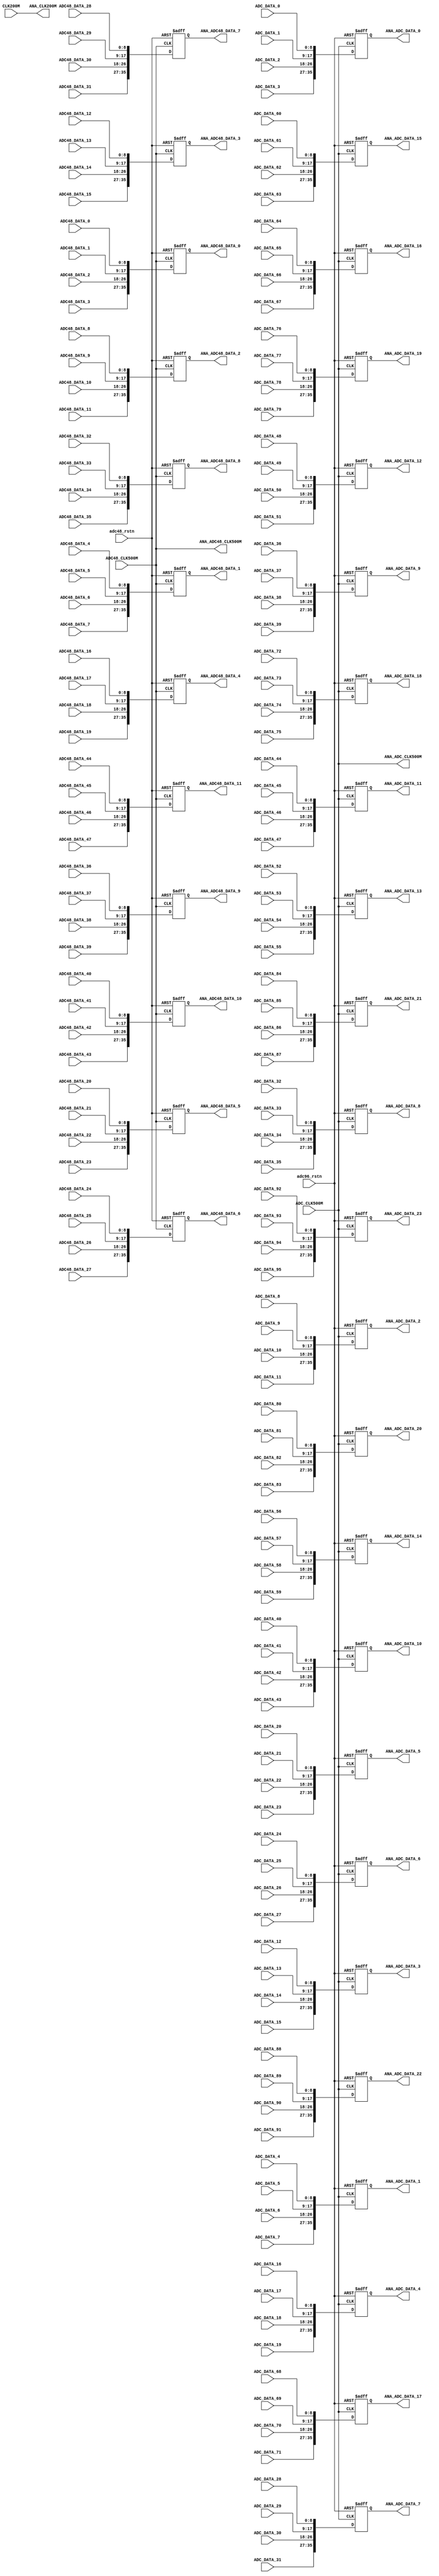
// Copyright (c) 2024 by JLSemi Inc.
// --------------------------------------------------------------------
//
//                     JLSemi
//                     Shanghai, China
//                     Name : Zhiling Guo
//
// --------------------------------------------------------------------
// --------------------------------------------------------------------
//  Revision History:1.0
//  Date          By            Revision    Design Description
//---------------------------------------------------------------------
//  2024-05-10    zlguo         1.0         analog_signal_mux
// --------------------------------------------------------------------
// --------------------------------------------------------------------
`timescale 1ns/1ns
module analog_signal_mux
(
    input   wire            adc96_rstn,
    input   wire            adc48_rstn,
    input   wire            CLK200M,
    input   wire            ADC_CLK500M,
    input   wire            ADC48_CLK500M,

    input   wire    [8:0]   ADC_DATA_0 ,
    input   wire    [8:0]   ADC_DATA_1 ,
    input   wire    [8:0]   ADC_DATA_2 ,
    input   wire    [8:0]   ADC_DATA_3 ,
    input   wire    [8:0]   ADC_DATA_4 ,
    input   wire    [8:0]   ADC_DATA_5 ,
    input   wire    [8:0]   ADC_DATA_6 ,
    input   wire    [8:0]   ADC_DATA_7 ,
    input   wire    [8:0]   ADC_DATA_8 ,
    input   wire    [8:0]   ADC_DATA_9 ,
    input   wire    [8:0]   ADC_DATA_10,
    input   wire    [8:0]   ADC_DATA_11,
    input   wire    [8:0]   ADC_DATA_12,
    input   wire    [8:0]   ADC_DATA_13,
    input   wire    [8:0]   ADC_DATA_14,
    input   wire    [8:0]   ADC_DATA_15,
    input   wire    [8:0]   ADC_DATA_16,
    input   wire    [8:0]   ADC_DATA_17,
    input   wire    [8:0]   ADC_DATA_18,
    input   wire    [8:0]   ADC_DATA_19,
    input   wire    [8:0]   ADC_DATA_20,
    input   wire    [8:0]   ADC_DATA_21,
    input   wire    [8:0]   ADC_DATA_22,
    input   wire    [8:0]   ADC_DATA_23,
    input   wire    [8:0]   ADC_DATA_24,
    input   wire    [8:0]   ADC_DATA_25,
    input   wire    [8:0]   ADC_DATA_26,
    input   wire    [8:0]   ADC_DATA_27,
    input   wire    [8:0]   ADC_DATA_28,
    input   wire    [8:0]   ADC_DATA_29,
    input   wire    [8:0]   ADC_DATA_30,
    input   wire    [8:0]   ADC_DATA_31,
    input   wire    [8:0]   ADC_DATA_32,
    input   wire    [8:0]   ADC_DATA_33,
    input   wire    [8:0]   ADC_DATA_34,
    input   wire    [8:0]   ADC_DATA_35,
    input   wire    [8:0]   ADC_DATA_36,
    input   wire    [8:0]   ADC_DATA_37,
    input   wire    [8:0]   ADC_DATA_38,
    input   wire    [8:0]   ADC_DATA_39,
    input   wire    [8:0]   ADC_DATA_40,
    input   wire    [8:0]   ADC_DATA_41,
    input   wire    [8:0]   ADC_DATA_42,
    input   wire    [8:0]   ADC_DATA_43,
    input   wire    [8:0]   ADC_DATA_44,
    input   wire    [8:0]   ADC_DATA_45,
    input   wire    [8:0]   ADC_DATA_46,
    input   wire    [8:0]   ADC_DATA_47,
    input   wire    [8:0]   ADC_DATA_48,
    input   wire    [8:0]   ADC_DATA_49,
    input   wire    [8:0]   ADC_DATA_50,
    input   wire    [8:0]   ADC_DATA_51,
    input   wire    [8:0]   ADC_DATA_52,
    input   wire    [8:0]   ADC_DATA_53,
    input   wire    [8:0]   ADC_DATA_54,
    input   wire    [8:0]   ADC_DATA_55,
    input   wire    [8:0]   ADC_DATA_56,
    input   wire    [8:0]   ADC_DATA_57,
    input   wire    [8:0]   ADC_DATA_58,
    input   wire    [8:0]   ADC_DATA_59,
    input   wire    [8:0]   ADC_DATA_60,
    input   wire    [8:0]   ADC_DATA_61,
    input   wire    [8:0]   ADC_DATA_62,
    input   wire    [8:0]   ADC_DATA_63,
    input   wire    [8:0]   ADC_DATA_64,
    input   wire    [8:0]   ADC_DATA_65,
    input   wire    [8:0]   ADC_DATA_66,
    input   wire    [8:0]   ADC_DATA_67,
    input   wire    [8:0]   ADC_DATA_68,
    input   wire    [8:0]   ADC_DATA_69,
    input   wire    [8:0]   ADC_DATA_70,
    input   wire    [8:0]   ADC_DATA_71,
    input   wire    [8:0]   ADC_DATA_72,
    input   wire    [8:0]   ADC_DATA_73,
    input   wire    [8:0]   ADC_DATA_74,
    input   wire    [8:0]   ADC_DATA_75,
    input   wire    [8:0]   ADC_DATA_76,
    input   wire    [8:0]   ADC_DATA_77,
    input   wire    [8:0]   ADC_DATA_78,
    input   wire    [8:0]   ADC_DATA_79,
    input   wire    [8:0]   ADC_DATA_80,
    input   wire    [8:0]   ADC_DATA_81,
    input   wire    [8:0]   ADC_DATA_82,
    input   wire    [8:0]   ADC_DATA_83,
    input   wire    [8:0]   ADC_DATA_84,
    input   wire    [8:0]   ADC_DATA_85,
    input   wire    [8:0]   ADC_DATA_86,
    input   wire    [8:0]   ADC_DATA_87,
    input   wire    [8:0]   ADC_DATA_88,
    input   wire    [8:0]   ADC_DATA_89,
    input   wire    [8:0]   ADC_DATA_90,
    input   wire    [8:0]   ADC_DATA_91,
    input   wire    [8:0]   ADC_DATA_92,
    input   wire    [8:0]   ADC_DATA_93,
    input   wire    [8:0]   ADC_DATA_94,
    input   wire    [8:0]   ADC_DATA_95,
    input   wire    [8:0]   ADC48_DATA_0,
    input   wire    [8:0]   ADC48_DATA_1,
    input   wire    [8:0]   ADC48_DATA_2,
    input   wire    [8:0]   ADC48_DATA_3,
    input   wire    [8:0]   ADC48_DATA_4,
    input   wire    [8:0]   ADC48_DATA_5,
    input   wire    [8:0]   ADC48_DATA_6,
    input   wire    [8:0]   ADC48_DATA_7,
    input   wire    [8:0]   ADC48_DATA_8,
    input   wire    [8:0]   ADC48_DATA_9,
    input   wire    [8:0]   ADC48_DATA_10,
    input   wire    [8:0]   ADC48_DATA_11,
    input   wire    [8:0]   ADC48_DATA_12,
    input   wire    [8:0]   ADC48_DATA_13,
    input   wire    [8:0]   ADC48_DATA_14,
    input   wire    [8:0]   ADC48_DATA_15,
    input   wire    [8:0]   ADC48_DATA_16,
    input   wire    [8:0]   ADC48_DATA_17,
    input   wire    [8:0]   ADC48_DATA_18,
    input   wire    [8:0]   ADC48_DATA_19,
    input   wire    [8:0]   ADC48_DATA_20,
    input   wire    [8:0]   ADC48_DATA_21,
    input   wire    [8:0]   ADC48_DATA_22,
    input   wire    [8:0]   ADC48_DATA_23,
    input   wire    [8:0]   ADC48_DATA_24,
    input   wire    [8:0]   ADC48_DATA_25,
    input   wire    [8:0]   ADC48_DATA_26,
    input   wire    [8:0]   ADC48_DATA_27,
    input   wire    [8:0]   ADC48_DATA_28,
    input   wire    [8:0]   ADC48_DATA_29,
    input   wire    [8:0]   ADC48_DATA_30,
    input   wire    [8:0]   ADC48_DATA_31,
    input   wire    [8:0]   ADC48_DATA_32,
    input   wire    [8:0]   ADC48_DATA_33,
    input   wire    [8:0]   ADC48_DATA_34,
    input   wire    [8:0]   ADC48_DATA_35,
    input   wire    [8:0]   ADC48_DATA_36,
    input   wire    [8:0]   ADC48_DATA_37,
    input   wire    [8:0]   ADC48_DATA_38,
    input   wire    [8:0]   ADC48_DATA_39,
    input   wire    [8:0]   ADC48_DATA_40,
    input   wire    [8:0]   ADC48_DATA_41,
    input   wire    [8:0]   ADC48_DATA_42,
    input   wire    [8:0]   ADC48_DATA_43,
    input   wire    [8:0]   ADC48_DATA_44,
    input   wire    [8:0]   ADC48_DATA_45,
    input   wire    [8:0]   ADC48_DATA_46,
    input   wire    [8:0]   ADC48_DATA_47,

    output  wire            ANA_CLK200M,
    output  wire            ANA_ADC_CLK500M,
    output  wire            ANA_ADC48_CLK500M,

    output  reg     [35:0]  ANA_ADC_DATA_0,
    output  reg     [35:0]  ANA_ADC_DATA_1,
    output  reg     [35:0]  ANA_ADC_DATA_2,
    output  reg     [35:0]  ANA_ADC_DATA_3,
    output  reg     [35:0]  ANA_ADC_DATA_4,
    output  reg     [35:0]  ANA_ADC_DATA_5,
    output  reg     [35:0]  ANA_ADC_DATA_6,
    output  reg     [35:0]  ANA_ADC_DATA_7,
    output  reg     [35:0]  ANA_ADC_DATA_8,
    output  reg     [35:0]  ANA_ADC_DATA_9,
    output  reg     [35:0]  ANA_ADC_DATA_10,
    output  reg     [35:0]  ANA_ADC_DATA_11,
    output  reg     [35:0]  ANA_ADC_DATA_12,
    output  reg     [35:0]  ANA_ADC_DATA_13,
    output  reg     [35:0]  ANA_ADC_DATA_14,
    output  reg     [35:0]  ANA_ADC_DATA_15,
    output  reg     [35:0]  ANA_ADC_DATA_16,
    output  reg     [35:0]  ANA_ADC_DATA_17,
    output  reg     [35:0]  ANA_ADC_DATA_18,
    output  reg     [35:0]  ANA_ADC_DATA_19,
    output  reg     [35:0]  ANA_ADC_DATA_20,
    output  reg     [35:0]  ANA_ADC_DATA_21,
    output  reg     [35:0]  ANA_ADC_DATA_22,
    output  reg     [35:0]  ANA_ADC_DATA_23,

    output  reg     [35:0]  ANA_ADC48_DATA_0,
    output  reg     [35:0]  ANA_ADC48_DATA_1,
    output  reg     [35:0]  ANA_ADC48_DATA_2,
    output  reg     [35:0]  ANA_ADC48_DATA_3,
    output  reg     [35:0]  ANA_ADC48_DATA_4,
    output  reg     [35:0]  ANA_ADC48_DATA_5,
    output  reg     [35:0]  ANA_ADC48_DATA_6,
    output  reg     [35:0]  ANA_ADC48_DATA_7,
    output  reg     [35:0]  ANA_ADC48_DATA_8,
    output  reg     [35:0]  ANA_ADC48_DATA_9,
    output  reg     [35:0]  ANA_ADC48_DATA_10,
    output  reg     [35:0]  ANA_ADC48_DATA_11

);

    assign ANA_CLK200M = CLK200M;
    assign ANA_ADC_CLK500M = ADC_CLK500M;
    assign ANA_ADC48_CLK500M = ADC48_CLK500M;

    always @(posedge ANA_ADC_CLK500M or negedge adc96_rstn) begin
        if (!adc96_rstn) begin
            ANA_ADC_DATA_0  <= 36'h0;
            ANA_ADC_DATA_1  <= 36'h0;
            ANA_ADC_DATA_2  <= 36'h0;
            ANA_ADC_DATA_3  <= 36'h0;
            ANA_ADC_DATA_4  <= 36'h0;
            ANA_ADC_DATA_5  <= 36'h0;
            ANA_ADC_DATA_6  <= 36'h0;
            ANA_ADC_DATA_7  <= 36'h0;
            ANA_ADC_DATA_8  <= 36'h0;
            ANA_ADC_DATA_9  <= 36'h0;
            ANA_ADC_DATA_10 <= 36'h0;
            ANA_ADC_DATA_11 <= 36'h0;
            ANA_ADC_DATA_12 <= 36'h0;
            ANA_ADC_DATA_13 <= 36'h0;
            ANA_ADC_DATA_14 <= 36'h0;
            ANA_ADC_DATA_15 <= 36'h0;
            ANA_ADC_DATA_16 <= 36'h0;
            ANA_ADC_DATA_17 <= 36'h0;
            ANA_ADC_DATA_18 <= 36'h0;
            ANA_ADC_DATA_19 <= 36'h0;
            ANA_ADC_DATA_20 <= 36'h0;
            ANA_ADC_DATA_21 <= 36'h0;
            ANA_ADC_DATA_22 <= 36'h0;
            ANA_ADC_DATA_23 <= 36'h0;
        end
        else begin
            ANA_ADC_DATA_0  <= {ADC_DATA_3,  ADC_DATA_2,  ADC_DATA_1,  ADC_DATA_0};
            ANA_ADC_DATA_1  <= {ADC_DATA_7,  ADC_DATA_6,  ADC_DATA_5,  ADC_DATA_4};
            ANA_ADC_DATA_2  <= {ADC_DATA_11, ADC_DATA_10, ADC_DATA_9,  ADC_DATA_8};
            ANA_ADC_DATA_3  <= {ADC_DATA_15, ADC_DATA_14, ADC_DATA_13, ADC_DATA_12};
            ANA_ADC_DATA_4  <= {ADC_DATA_19, ADC_DATA_18, ADC_DATA_17, ADC_DATA_16};
            ANA_ADC_DATA_5  <= {ADC_DATA_23, ADC_DATA_22, ADC_DATA_21, ADC_DATA_20};
            ANA_ADC_DATA_6  <= {ADC_DATA_27, ADC_DATA_26, ADC_DATA_25, ADC_DATA_24};
            ANA_ADC_DATA_7  <= {ADC_DATA_31, ADC_DATA_30, ADC_DATA_29, ADC_DATA_28};
            ANA_ADC_DATA_8  <= {ADC_DATA_35, ADC_DATA_34, ADC_DATA_33, ADC_DATA_32};
            ANA_ADC_DATA_9  <= {ADC_DATA_39, ADC_DATA_38, ADC_DATA_37, ADC_DATA_36};
            ANA_ADC_DATA_10 <= {ADC_DATA_43, ADC_DATA_42, ADC_DATA_41, ADC_DATA_40};
            ANA_ADC_DATA_11 <= {ADC_DATA_47, ADC_DATA_46, ADC_DATA_45, ADC_DATA_44};
            ANA_ADC_DATA_12 <= {ADC_DATA_51, ADC_DATA_50, ADC_DATA_49, ADC_DATA_48};
            ANA_ADC_DATA_13 <= {ADC_DATA_55, ADC_DATA_54, ADC_DATA_53, ADC_DATA_52};
            ANA_ADC_DATA_14 <= {ADC_DATA_59, ADC_DATA_58, ADC_DATA_57, ADC_DATA_56};
            ANA_ADC_DATA_15 <= {ADC_DATA_63, ADC_DATA_62, ADC_DATA_61, ADC_DATA_60};
            ANA_ADC_DATA_16 <= {ADC_DATA_67, ADC_DATA_66, ADC_DATA_65, ADC_DATA_64};
            ANA_ADC_DATA_17 <= {ADC_DATA_71, ADC_DATA_70, ADC_DATA_69, ADC_DATA_68};
            ANA_ADC_DATA_18 <= {ADC_DATA_75, ADC_DATA_74, ADC_DATA_73, ADC_DATA_72};
            ANA_ADC_DATA_19 <= {ADC_DATA_79, ADC_DATA_78, ADC_DATA_77, ADC_DATA_76};
            ANA_ADC_DATA_20 <= {ADC_DATA_83, ADC_DATA_82, ADC_DATA_81, ADC_DATA_80};
            ANA_ADC_DATA_21 <= {ADC_DATA_87, ADC_DATA_86, ADC_DATA_85, ADC_DATA_84};
            ANA_ADC_DATA_22 <= {ADC_DATA_91, ADC_DATA_90, ADC_DATA_89, ADC_DATA_88};
            ANA_ADC_DATA_23 <= {ADC_DATA_95, ADC_DATA_94, ADC_DATA_93, ADC_DATA_92};
        end
    end

    always @(posedge ANA_ADC48_CLK500M or negedge adc48_rstn) begin
        if (!adc48_rstn) begin
            ANA_ADC48_DATA_0  <= 36'h0;
            ANA_ADC48_DATA_1  <= 36'h0;
            ANA_ADC48_DATA_2  <= 36'h0;
            ANA_ADC48_DATA_3  <= 36'h0;
            ANA_ADC48_DATA_4  <= 36'h0;
            ANA_ADC48_DATA_5  <= 36'h0;
            ANA_ADC48_DATA_6  <= 36'h0;
            ANA_ADC48_DATA_7  <= 36'h0;
            ANA_ADC48_DATA_8  <= 36'h0;
            ANA_ADC48_DATA_9  <= 36'h0;
            ANA_ADC48_DATA_10 <= 36'h0;
            ANA_ADC48_DATA_11 <= 36'h0;
        end
        else begin
            ANA_ADC48_DATA_0  <= {ADC48_DATA_3,  ADC48_DATA_2,  ADC48_DATA_1,  ADC48_DATA_0};
            ANA_ADC48_DATA_1  <= {ADC48_DATA_7,  ADC48_DATA_6,  ADC48_DATA_5,  ADC48_DATA_4};
            ANA_ADC48_DATA_2  <= {ADC48_DATA_11, ADC48_DATA_10, ADC48_DATA_9,  ADC48_DATA_8};
            ANA_ADC48_DATA_3  <= {ADC48_DATA_15, ADC48_DATA_14, ADC48_DATA_13, ADC48_DATA_12};
            ANA_ADC48_DATA_4  <= {ADC48_DATA_19, ADC48_DATA_18, ADC48_DATA_17, ADC48_DATA_16};
            ANA_ADC48_DATA_5  <= {ADC48_DATA_23, ADC48_DATA_22, ADC48_DATA_21, ADC48_DATA_20};
            ANA_ADC48_DATA_6  <= {ADC48_DATA_27, ADC48_DATA_26, ADC48_DATA_25, ADC48_DATA_24};
            ANA_ADC48_DATA_7  <= {ADC48_DATA_31, ADC48_DATA_30, ADC48_DATA_29, ADC48_DATA_28};
            ANA_ADC48_DATA_8  <= {ADC48_DATA_35, ADC48_DATA_34, ADC48_DATA_33, ADC48_DATA_32};
            ANA_ADC48_DATA_9  <= {ADC48_DATA_39, ADC48_DATA_38, ADC48_DATA_37, ADC48_DATA_36};
            ANA_ADC48_DATA_10 <= {ADC48_DATA_43, ADC48_DATA_42, ADC48_DATA_41, ADC48_DATA_40};
            ANA_ADC48_DATA_11 <= {ADC48_DATA_47, ADC48_DATA_46, ADC48_DATA_45, ADC48_DATA_44};
        end
    end

endmodule